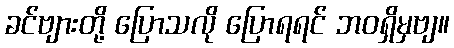
ခင်ဗျားတို့ ပြောသလို ပြောရရင် ဘဝရှိမှဗျ။